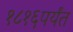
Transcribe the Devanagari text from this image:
१८१६पर्यंत